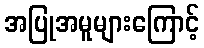
အပြုအမူများကြောင့်